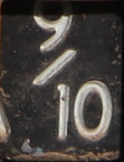
9/10